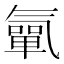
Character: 㲷